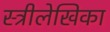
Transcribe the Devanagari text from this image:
स्त्रीलेखिका